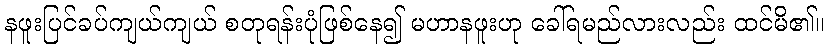
နဖူးပြင်ခပ်ကျယ်ကျယ် စတုရန်းပုံဖြစ်နေ၍ မဟာနဖူးဟု ခေါ်ရမည်လားလည်း ထင်မိ၏။